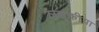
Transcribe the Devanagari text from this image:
लड्कीया